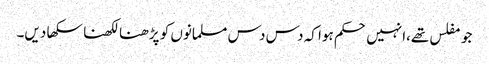
جو مفلس تھے،انہیں حکم ہوا کہ دس دس مسلمانوں کو پڑھنا لکھنا سکھا دیں۔